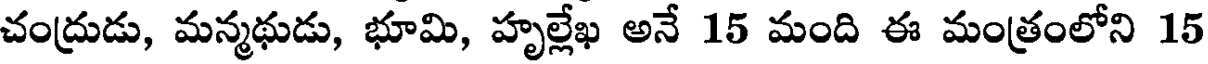
చంద్రుడు, మన్మథుడు, భూమి, హృల్లేఖ అనే 15 మంది ఈ మంత్రంలోని 15